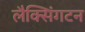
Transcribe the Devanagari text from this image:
लैक्सिंगटन